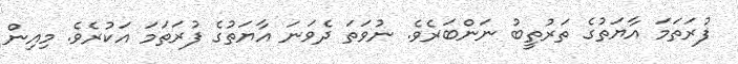
ފުރަތަމަ އާޔަތުގެ ތަރުތީބު ނަންބަރެވެ. ނުވަތަ ދެވަނަ އާޔަތުގެ ފުރަތަމަ އަކުރެވެ. މިއިން